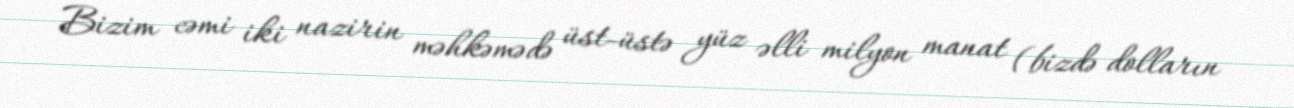
Bizim cəmi iki nazirin məhkəmədə üst-üstə yüz əlli milyon manat (bizdə dolların